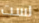
لست